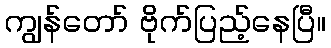
ကျွန်တော် ဗိုက်ပြည့်နေပြီ။